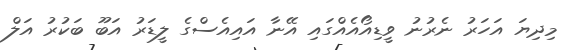
މިދިޔަ އަހަރު ނެރުނު ވީޑިއޯއެއްގައި އޭނާ އައިއެސްގެ ލީޑަރު އަބޫ ބަކުރު އަލް